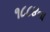
૧૮૮૪ના